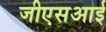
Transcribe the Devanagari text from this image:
जीएसआई